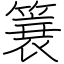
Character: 簔